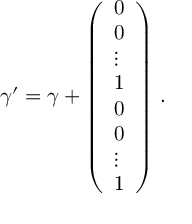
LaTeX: \gamma ^ { \prime } = \gamma + \left( \begin{array} { l } { { 0 } } \\ { { 0 } } \\ { { \vdots } } \\ { { 1 } } \\ { { 0 } } \\ { { 0 } } \\ { { \vdots } } \\ { { 1 } } \end{array} \right) \, .